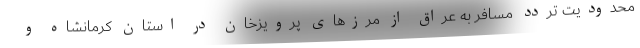
محدودیت تردد مسافر به عراق از مرزهای پرویزخان در استان کرمانشاه و